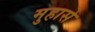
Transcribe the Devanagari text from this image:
मुहासे